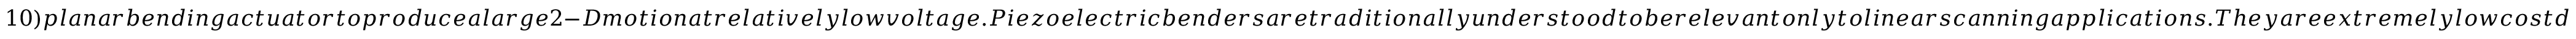
1 0 ) p l a n a r b e n d i n g a c t u a t o r t o p r o d u c e a l a r g e 2 - D m o t i o n a t r e l a t i v e l y l o w v o l t a g e . P i e z o e l e c t r i c b e n d e r s a r e t r a d i t i o n a l l y u n d e r s t o o d t o b e r e l e v a n t o n l y t o l i n e a r s c a n n i n g a p p l i c a t i o n s . T h e y a r e e x t r e m e l y l o w c o s t d u e t o e a s e o f m a n u f a c t u r i n g , a n d a r e e a s i l y c a p a b l e o f l a r g e u n i d i r e c t i o n a l d i s p l a c e m e n t s a t r e l a t i v e l y l o w v o l t a g e s . B y h a r n e s s i n g a n d a m p l i f y i n g t h e c l a s s i c a l l y u n d e s i r e d c o u p l e d v i b r a t i o n i n t h e o r t h o g o n a l a x i s , o u r d e s i g n i s t h e f i r s t t o p r e s e r v e t h e a d v a n t a g e s o f a 1 - D a c t u a t o r w h i l e d e m o n s t r a t i n g a n e w f u n c t i o n a l i t y a s a h i g h p e r f o r m a n c e 2 - D s c a n n e r i n i t s o w n r i g h t . T h e F O V i s n o t l i m i t e d b y t h e m o t i o n o f a s i n g l e f i b e r b u t i s m u l t i p l e x e d a l o n g t h e b e n d e r ^ { \prime } s w i d t h v i a a n a r r a y o f o p t i c a l f i b e r s r e s o n a t i n g i n t a n d e m , u n i q u e l y e n a b l e d b y i t s p l a n a r g e o m e t r y . T h e f i b e r s c a n n i n g p l a t f o r m i s s c a l a b l e t o b e n d e r s o f d i f f e r e n t s i z e s a n d h a s t h e p o t e n t i a l t o b e f u r t h e r m i n i a t u r i z e d f o r e n d o s c o p i c a p p l i c a t i o n s . T h i s c o m p l e t e l y n e w a p p r o a c h t o m i n i a t u r i z e d o p t i c a l s c a n n i n g p r o m i s e s n e w a v e n u e s o f r e s e a r c h a n d d e v e l o p m e n t o f s u c h d e v i c e s , a n d t h e s u b s t a n t i a l l y l o w e r p r i c e p o i n t a t l i t t l e c o s t t o p e r f o r m a n c e c o u l d b e a n i m p o r t a n t f a c t o r i n a c c e l e r a t i n g c o m m e r c i a l i z a t i o n . F o r s m a l l